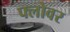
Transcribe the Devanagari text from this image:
फ्लोवर